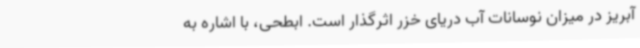
آبریز در میزان نوسانات آب دریای خزر اثرگذار است. ابطحی، با اشاره به